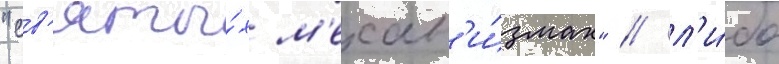
"св'яты́х м'ехан'и́змах" / л'и́бо